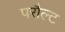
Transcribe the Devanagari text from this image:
परौल्ट